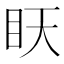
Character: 䀖